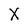
Character: X